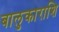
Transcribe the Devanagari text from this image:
बालुकाराशि